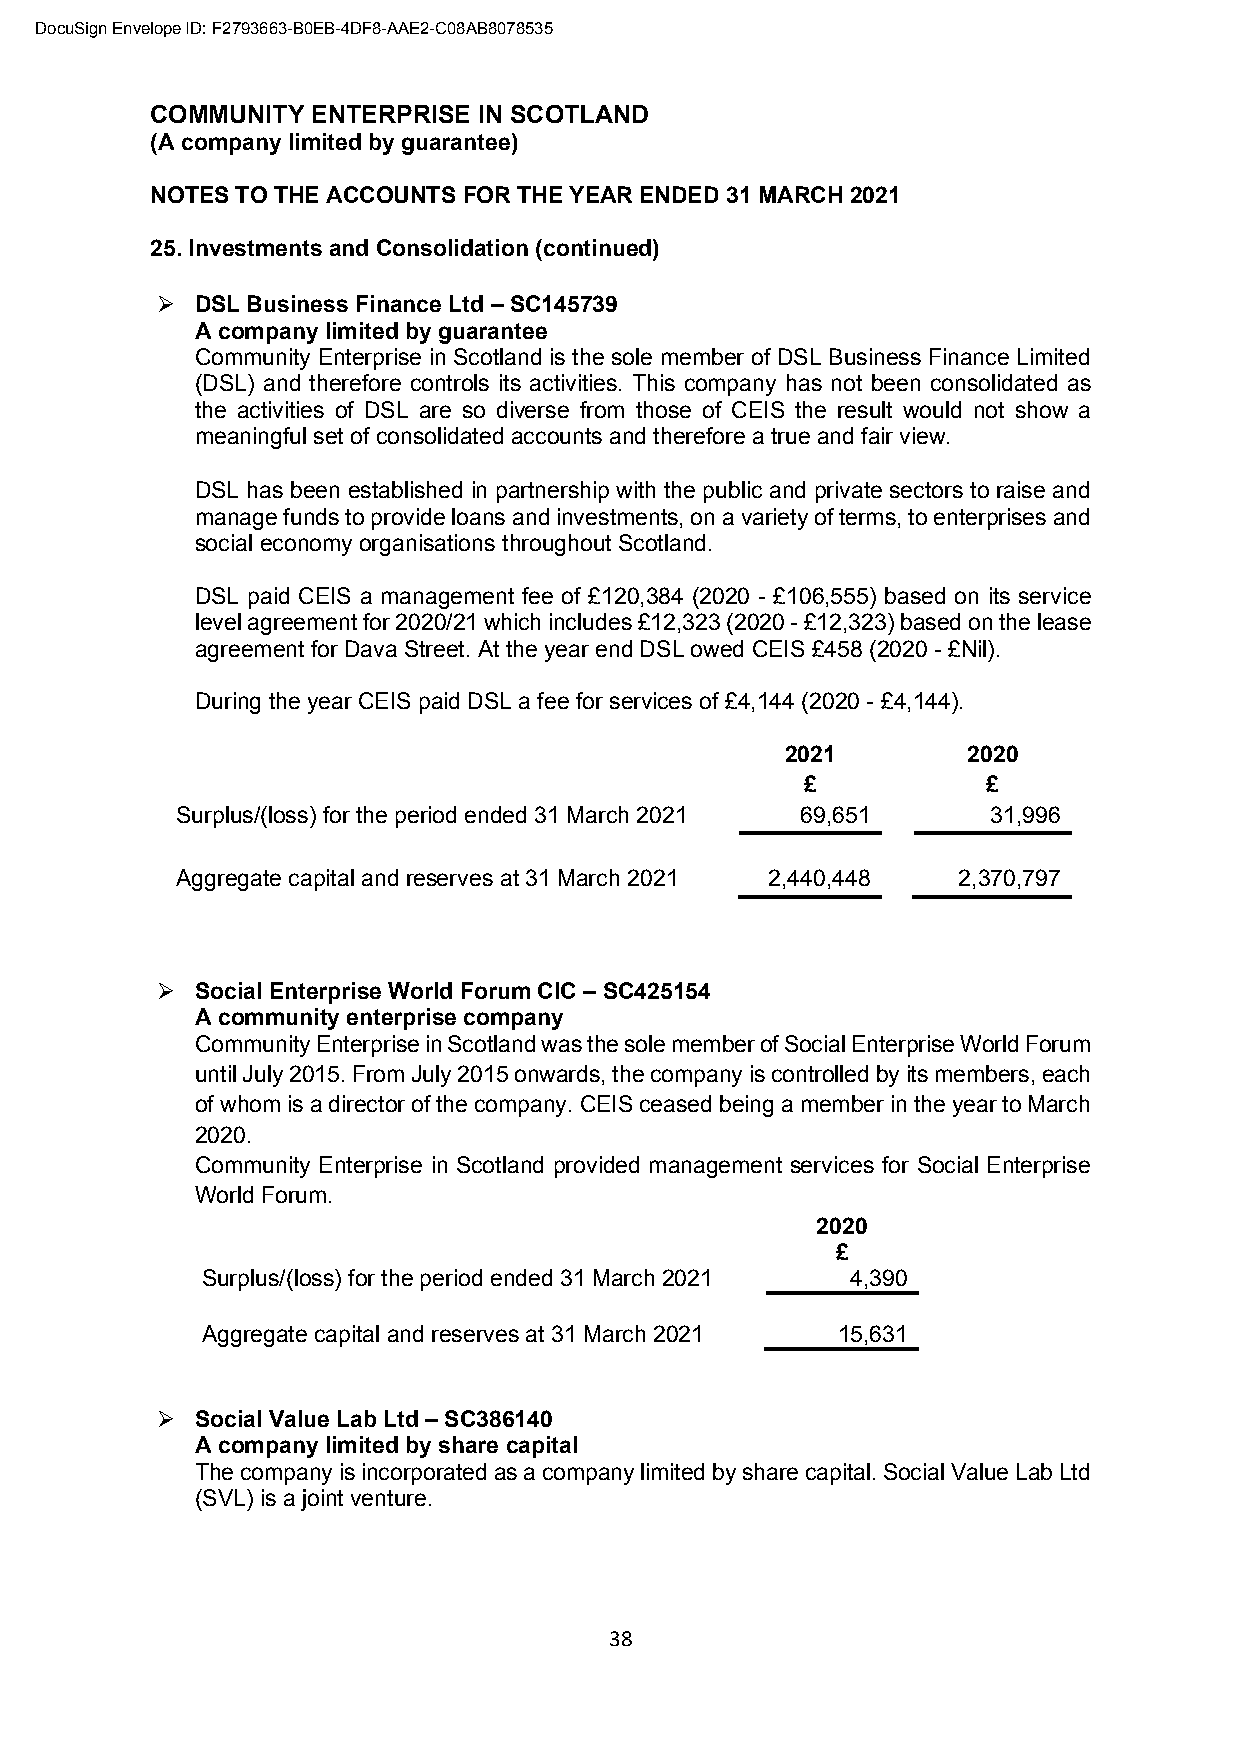
DocuSign Envelope ID: F2793663-B0EB-4DF8-AAE2-C08AB8078535
 COMMUNITY  ENTERPRISE IN SCOTLAND
 (A company limited by guarantee)
 NOTES TO THE ACCOUNTS FOR THE YEAR ENDED 31 MARCH 2021
 25. Investments and Consolidation (continued)
 ➢  DSL Business Finance Ltd – SC145739
 A company limited by guarantee
 Community Enterprise in Scotland is the sole member of DSL Business Finance Limited
 (DSL) and therefore controls its activities. This company has not been consolidated as
 the activities of DSL are so diverse from those of CEIS the result would not show a
 meaningful set of consolidated accounts and therefore a true and fair view.
 DSL has been established in partnership with the public and private sectors to raise and
 manage funds to provide loans and investments, on a variety of terms, to enterprises and
 social economy organisations throughout Scotland.
 DSL paid CEIS a management fee of £120,384 (2020 - £106,555) based on its service
 level agreement for 2020/21 which includes £12,323 (2020 - £12,323) based on the lease
 agreement for Dava Street. At the year end DSL owed CEIS £458 (2020 - £Nil).
 During the year CEIS paid DSL a fee for services of £4,144 (2020 - £4,144).
 2021        2020
 £           £
 Surplus/(loss) for the period ended 31 March 2021 69,651 31,996
 Aggregate capital and reserves at 31 March 2021 2,440,448 2,370,797
 ➢  Social Enterprise World Forum CIC – SC425154
 A community enterprise company
 Community Enterprise in Scotland was the sole member of Social Enterprise World Forum
 until July 2015. From July 2015 onwards, the company is controlled by its members, each
 of whom is a director of the company. CEIS ceased being a member in the year to March
 2020.
 Community Enterprise in Scotland provided management services for Social Enterprise
 World Forum.
 2020
 £
 Surplus/(loss) for the period ended 31 March 2021 4,390
 Aggregate capital and reserves at 31 March 2021 15,631
 ➢  Social Value Lab Ltd – SC386140
 A company limited by share capital
 The company is incorporated as a company limited by share capital. Social Value Lab Ltd
 (SVL) is a joint venture.
 38